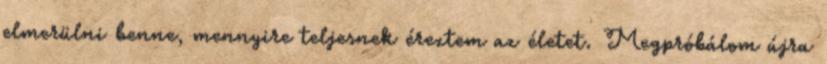
elmerülni benne, mennyire teljesnek éreztem az életet. Megpróbálom újra